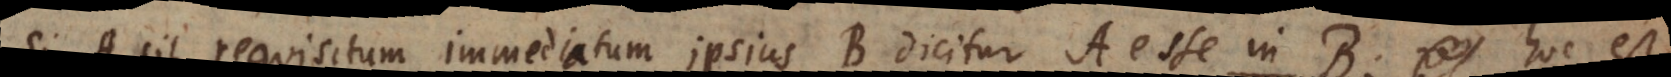
Si A sit requisitum immediatum ipsius B dicitur A esse in B, hoc est